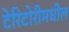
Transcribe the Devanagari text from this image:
टेरिटोरीमधील